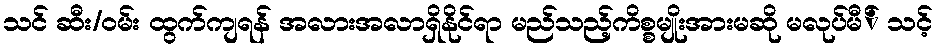
သင် ဆီး/ဝမ်း ထွက်ကျရန် အလားအလာရှိနိုင်ရာ မည်သည့်ကိစ္စမျိုးအားမဆို မလုပ်မီ် သင့်